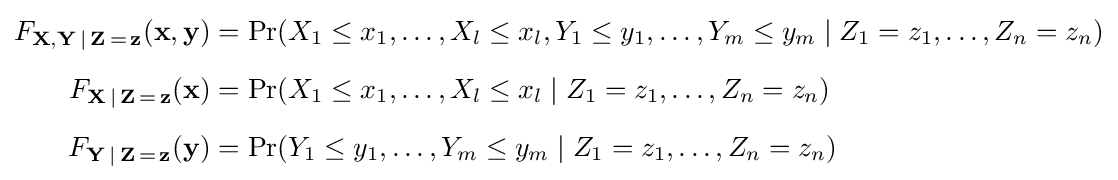
{\begin{aligned}F_{\mathbf {X} ,\mathbf {Y} \,\mid \,\mathbf {Z} \,=\,\mathbf {z} }(\mathbf {x} ,\mathbf {y} )&=\Pr(X_{1}\leq x_{1},\ldots ,X_{l}\leq x_{l},Y_{1}\leq y_{1},\ldots ,Y_{m}\leq y_{m}\mid Z_{1}=z_{1},\ldots ,Z_{n}=z_{n})\\[6pt]F_{\mathbf {X} \,\mid \,\mathbf {Z} \,=\,\mathbf {z} }(\mathbf {x} )&=\Pr(X_{1}\leq x_{1},\ldots ,X_{l}\leq x_{l}\mid Z_{1}=z_{1},\ldots ,Z_{n}=z_{n})\\[6pt]F_{\mathbf {Y} \,\mid \,\mathbf {Z} \,=\,\mathbf {z} }(\mathbf {y} )&=\Pr(Y_{1}\leq y_{1},\ldots ,Y_{m}\leq y_{m}\mid Z_{1}=z_{1},\ldots ,Z_{n}=z_{n})\end{aligned}}